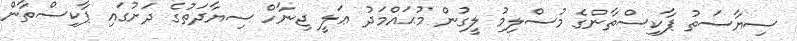
ސިޔާސަތު ޕާކިސްތާންގެ މުސްލިމު ލީގުން މުޙައްމަދު ޢަލީ ޖިނާހް ސިޔާދަތުގެ ދަށުގައި ޕާކިސްތާން